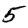
Digit: 5